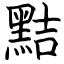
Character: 黠